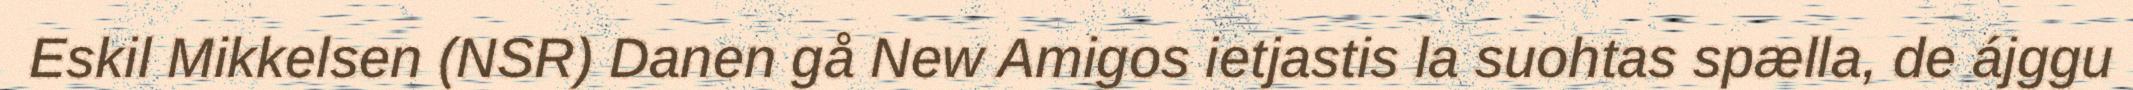
Eskil Mikkelsen (NSR) Danen gå New Amigos ietjastis la suohtas spælla, de ájggu